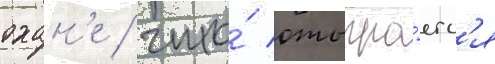
охан'е / что́ отыгра́етс'я